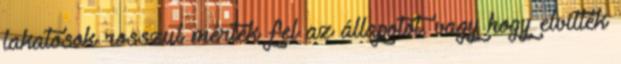
lakatosok rosszul mérték fel az állapotot, vagy hogy elvitték